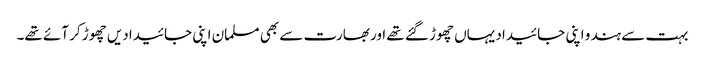
بہت سے ہندو اپنی جائیداد یہاں چھوڑ گئے تھے اور بھارت سے بھی مسلمان اپنی جائیدادیں چھوڑ کر آئے تھے۔